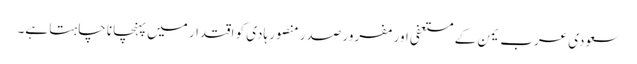
سعودی عرب یمن کے مستعفی اور مفرور صدر منصور ہادی کو اقتدار میں پہنچانا چاہتا ہے۔